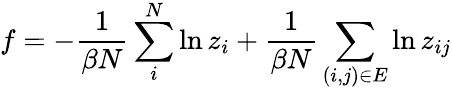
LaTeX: f=-\frac{1}{\beta N}\sum_{i}^{N}\ln z_{i}+\frac{1}{\beta N}\sum_{(i,j)\in E}\ln z_{ij}